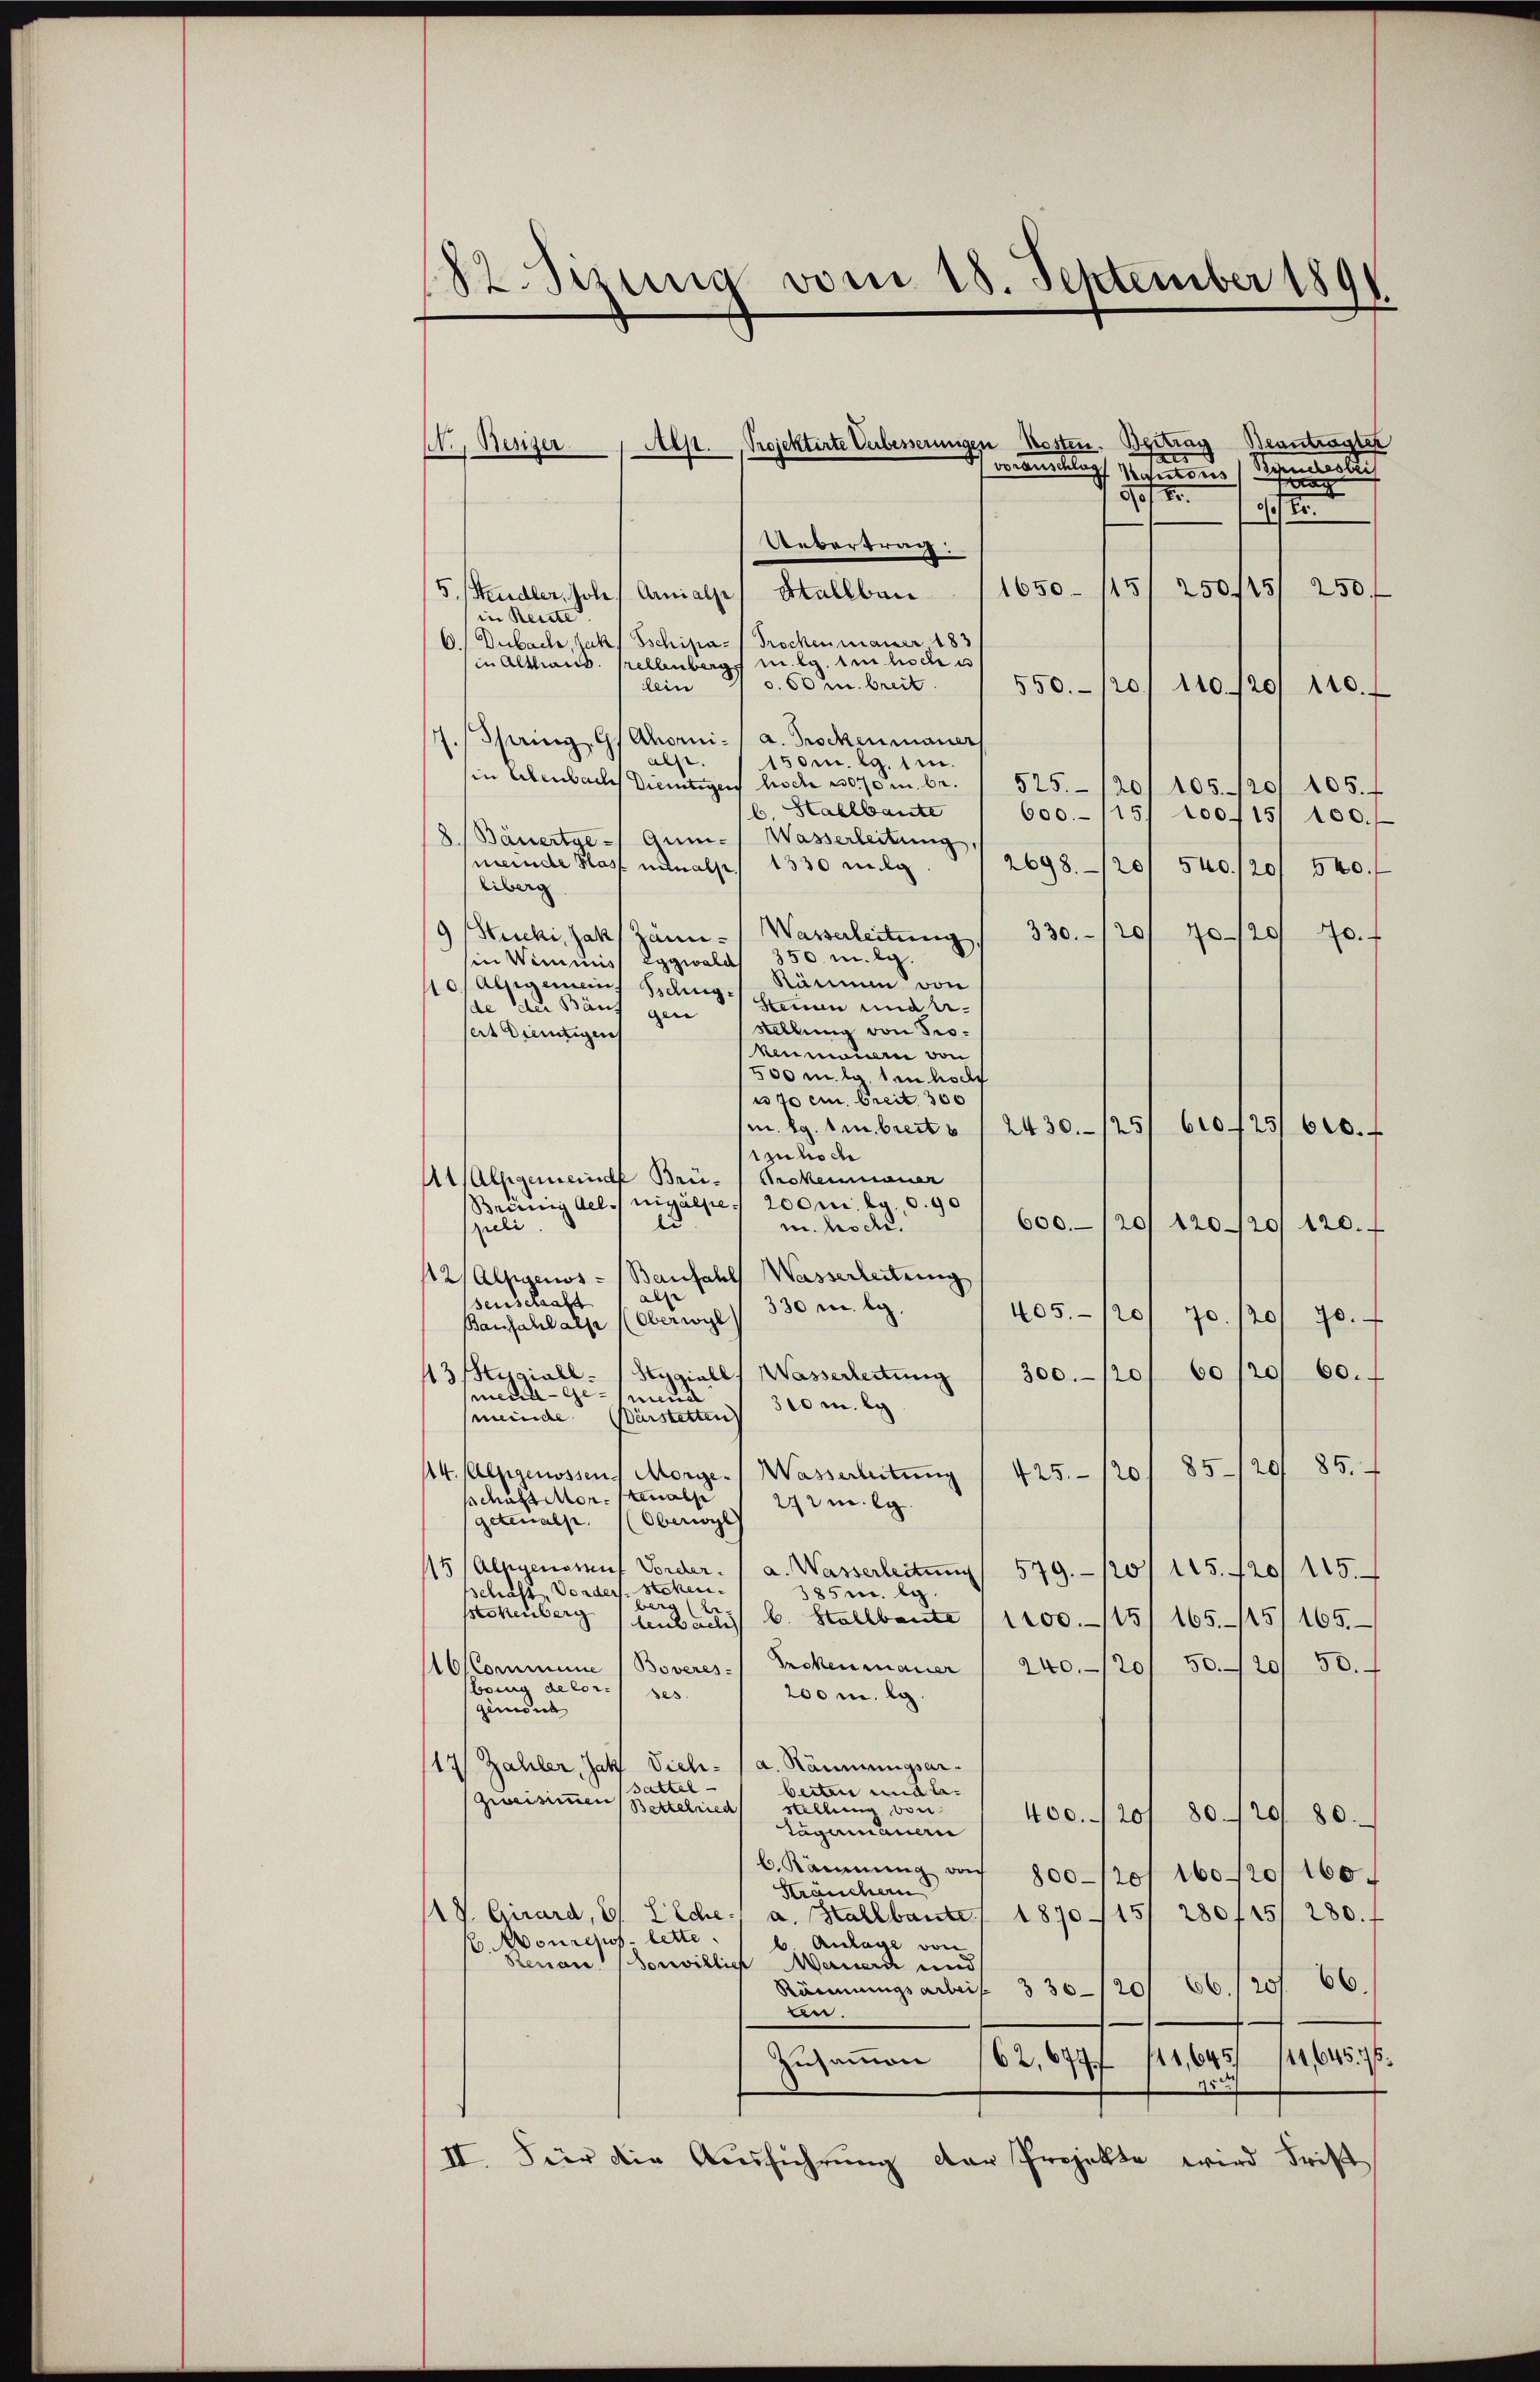
12. Sezung vom 18. September 1891.

Beantragter
Aep. Projektirte Verbesserungen Kosten. Beitrag
N., Resiger
5
desbei
vorauschlag Koustoris
d
1078.
2
Uebertrag:
1650 - 115, 250/15/ 250.
5. Handler, Joh. Arnialse Stallbau
in Reute
6.) Dubach, Jak. Tschipa- Trockenmauer 183
(in Althaus. Kellenberg mlg. im hoch e
o. 60 u. breit.
dein
550. 120, 110/20/ 110.
7. pering Gs Ahorni-/ a. Brockenmaner
als.
150m. l. 1 in
in Ebenbach Dietigen hoch 300 m. be¬
525. 120/ 105. 120/ 105.
b. Hallbaute
600./15/ 100715/ 100.
Bäuertge- Qum- Wasserleitung
meinde Hast niemals 1330 mitg
2698/20/ 540. 120/ 540.
liberg
330. 120/ 70/20/ 40.
Wasserleitung
Stucki, Jak Zänn¬
350. r. l.
in Wimmiss Eggwald
Stämmen von
o, alsigemeins Bedings hinau und eide der Bän
gei
Stellung von Proseit dientigen
kenmoine von
500 m. g. in hoch
u 70 cm. Greit 300
m. Rg. in breit 1 2430./25/
610f25/6.
1 zu hoche
At Allgemeinde Brü- Prokenauer
Brönig Ael./ nigalpe 200m by 6.90
ld
600/20/ 120/20/ 120.
r. hoch.
pieli.
12/Alpgenos - Baufahls Wasserleitung
alse
senschaft
330 c. g
405. 20
70. 120/
7.
Bansahlalp (Oberwyl
60/20/ 60.
43 Hygiall. Heygiall) Wasserleitung 1 300./20
meillgemend
300 m. ly
meinde Bürstetten
85/29. 85.
14. Mezgenossen Morge. Wasserleitung
425. 120
sschäftsortenalp
272mlg.
getenalp.
Oberwyl
15/Alegens auf Vorder. 1 a. Wasserleitŭng 579. 120/ 115. 420/ 115.
schaft, Vorders. stehen.
385m. be
berg
stokenberg
lenbuchs b. Stallbaute (1200./15/ 165. 115/165
Prokenmauer " 240. 120/ 50.20/ 50.
ACommune (Boveres-
bong decor ses
200 m. g.
gemont
17 Zahler, Jak Vieh- (a. Rännungsarsattel
beiten und be-
Zweisimmen Bettelried
Stellung bei
400. 120, 80. 120/ 80.
Tägemauern
b. Kamnŭng auf 800-120/ 160. 201 160.
Kräuchern
1V. Girard, 6/ Eiche, a. Hallbaute / 1870 /15/ 280f25/ 280.
. Mourchsp. lette.
b Anlage von
Stenau (Sonwillige Mauern und
66.
66. 120
Räumungsarbeis
330-120
Be.
144, 645.
Zusammen
62,6777 141,645/
II. Für die Ausführung der Projekte wird Frist